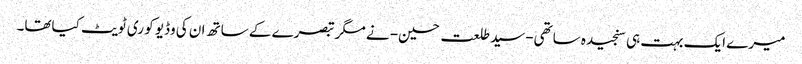
میرے ایک بہت ہی سنجیدہ ساتھی-سید طلعت حسین- نے مگر تبصرے کے ساتھ ان کی وڈیو کو ری ٹویٹ کیاتھا۔